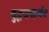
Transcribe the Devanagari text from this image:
युद्धजयार्णव